Vaccination in the Punjab 1919-1929 - 1919-1929
Year: 1919
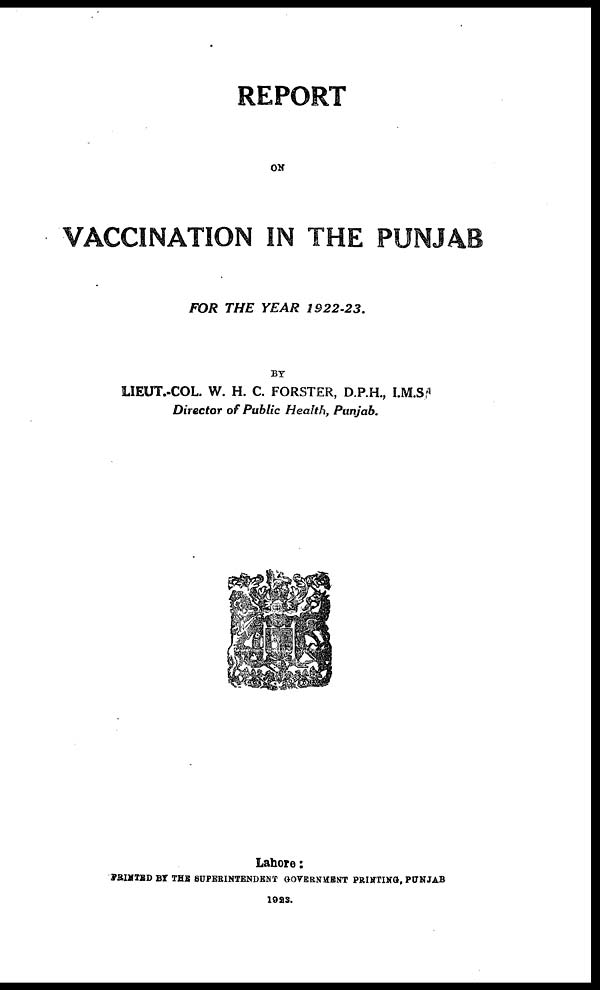
REPORT
ON
VACCINATION IN THE PUNJAB
FOR THE YEAR
1922-23.
BY
LIEUT.-COL. W. H. C. FORSTER, D.P.H., I.M.S
Director of Public Health, Punjab.
Lahore:
PRINTED BY THE SUPERINTENDENT GOVERNMENT PRINTING, PUNJAB
1923.